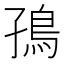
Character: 𮬪